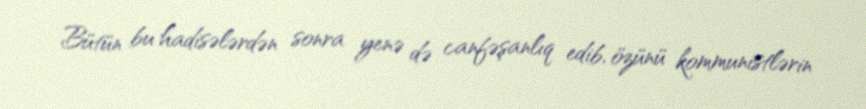
Bütün bu hadisələrdən sonra yenə də canfəşanlıq edib, özünü kommunistlərin